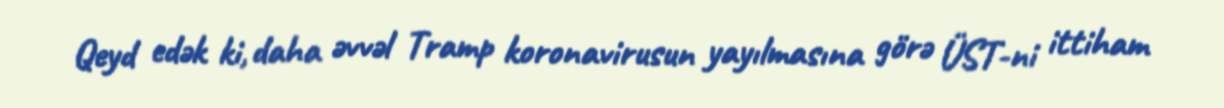
Qeyd edək ki, daha əvvəl Tramp koronavirusun yayılmasına görə ÜST-ni ittiham